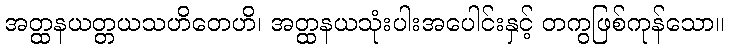
အတ္ထနယတ္တယသဟိတေဟိ၊ အတ္ထနယသုံးပါးအပေါင်းနှင့် တကွဖြစ်ကုန်သော။